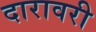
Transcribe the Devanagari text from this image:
दारावरी